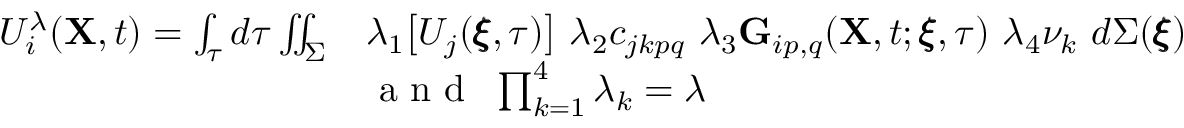
\begin{array} { r l } { U _ { i } ^ { \lambda } ( \mathbf { X } , t ) = \int _ { \tau } d \tau \iint _ { \Sigma } } & { \lambda _ { 1 } \big [ U _ { j } ( \pmb { \xi } , \tau ) \big ] ~ \lambda _ { 2 } c _ { j k p q } ~ \lambda _ { 3 } \mathbf { G } _ { i p , q } ( \mathbf { X } , t ; \pmb { \xi } , \tau ) ~ \lambda _ { 4 } \nu _ { k } ~ d \Sigma ( \pmb { \xi } ) } \\ & { \textnormal { a n d } ~ \prod _ { k = 1 } ^ { 4 } \lambda _ { k } = \lambda } \end{array}